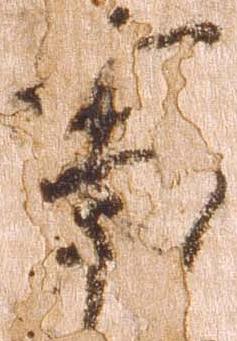
事